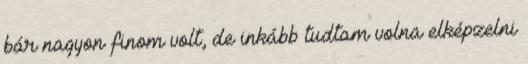
bár nagyon finom volt, de inkább tudtam volna elképzelni